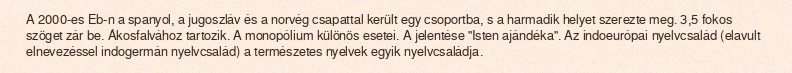
A 2000-es Eb-n a spanyol, a jugoszláv és a norvég csapattal került egy csoportba, s a harmadik helyet szerezte meg. 3,5 fokos szöget zár be. Ákosfalvához tartozik. A monopólium különös esetei. A jelentése "Isten ajándéka". Az indoeurópai nyelvcsalád (elavult elnevezéssel indogermán nyelvcsalád) a természetes nyelvek egyik nyelvcsaládja.